Source: Handwritten
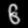
Digit: ၆ (6)